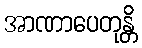
အာဏာပေတုန္တိ